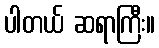
ပါတယ် ဆရာကြီး။